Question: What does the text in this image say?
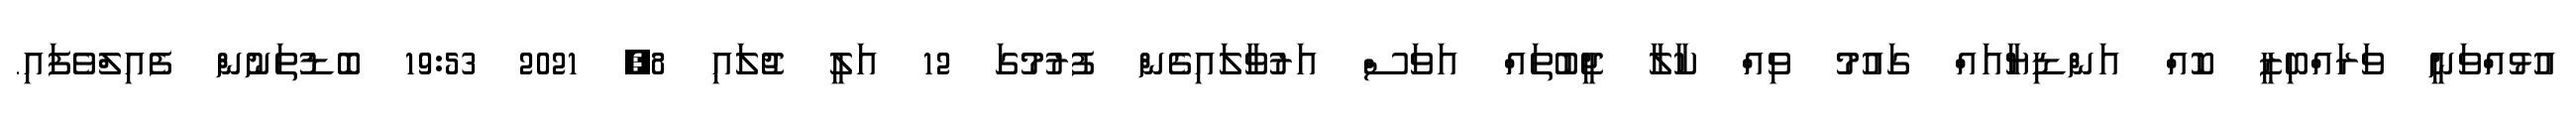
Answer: އުޅުއްވަނީ ވަރައްބިޒީ ކޮއް އަންޑިޔާއައް ގައުމު ވިއް ކާލާ ޖީބުތައް އަވަސް އަރުވާލައިގެން ފުރުމުގަ 12 އަލީ ޖުލައި 8, 2021 19:53 ބޮޑުތަނުން ފެއިލްވެފައި.